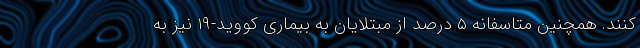
‌کنند. همچنین متاسفانه ۵ درصد از مبتلایان به بیماری کووید-۱۹ نیز به